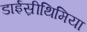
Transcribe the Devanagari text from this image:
डाईस्रीथिमिया